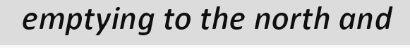
emptying to the north and